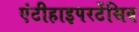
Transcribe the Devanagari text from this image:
एंटीहाइपरटेंसिव